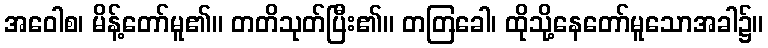
အဝေါစ၊ မိန့်တော်မူ၏။ တတိသုတ်ပြီး၏။ တတြခေါ၊ ထိုသို့နေတော်မူသောအခါ၌။